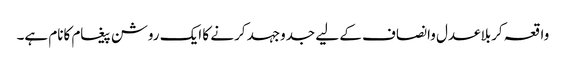
واقعہ کربلاعدل وانصاف کے لیے جدوجہد کرنے کا ایک روشن پیغام کانام ہے۔